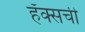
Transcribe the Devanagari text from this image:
हँक्सची